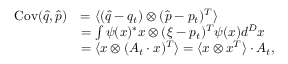
\begin{array} { r l } { \operatorname { C o v } ( \hat { q } , \hat { p } ) } & { = \langle ( \hat { q } - q _ { t } ) \otimes ( \hat { p } - p _ { t } ) ^ { T } \rangle } \\ & { = \int \psi ( x ) ^ { \ast } x \otimes ( \xi - p _ { t } ) ^ { T } \psi ( x ) d ^ { D } x } \\ & { = \langle x \otimes ( A _ { t } \cdot x ) ^ { T } \rangle = \langle x \otimes x ^ { T } \rangle \cdot A _ { t } , } \end{array}